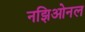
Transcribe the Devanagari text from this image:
नझिओनल